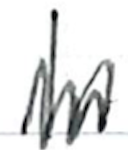
Text: In
Cross-out: zig-zag
Writing tool: ballpoint